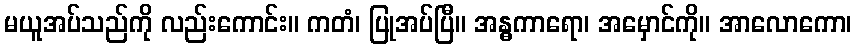
မယူအပ်သည်ကို လည်းကောင်း။ ကတံ၊ ပြုအပ်ပြီ။ အန္ဓကာရော၊ အမှောင်ကို။ အာလောကော၊